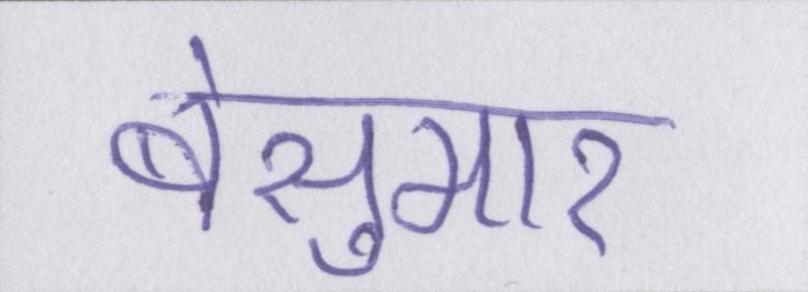
बेसुमार